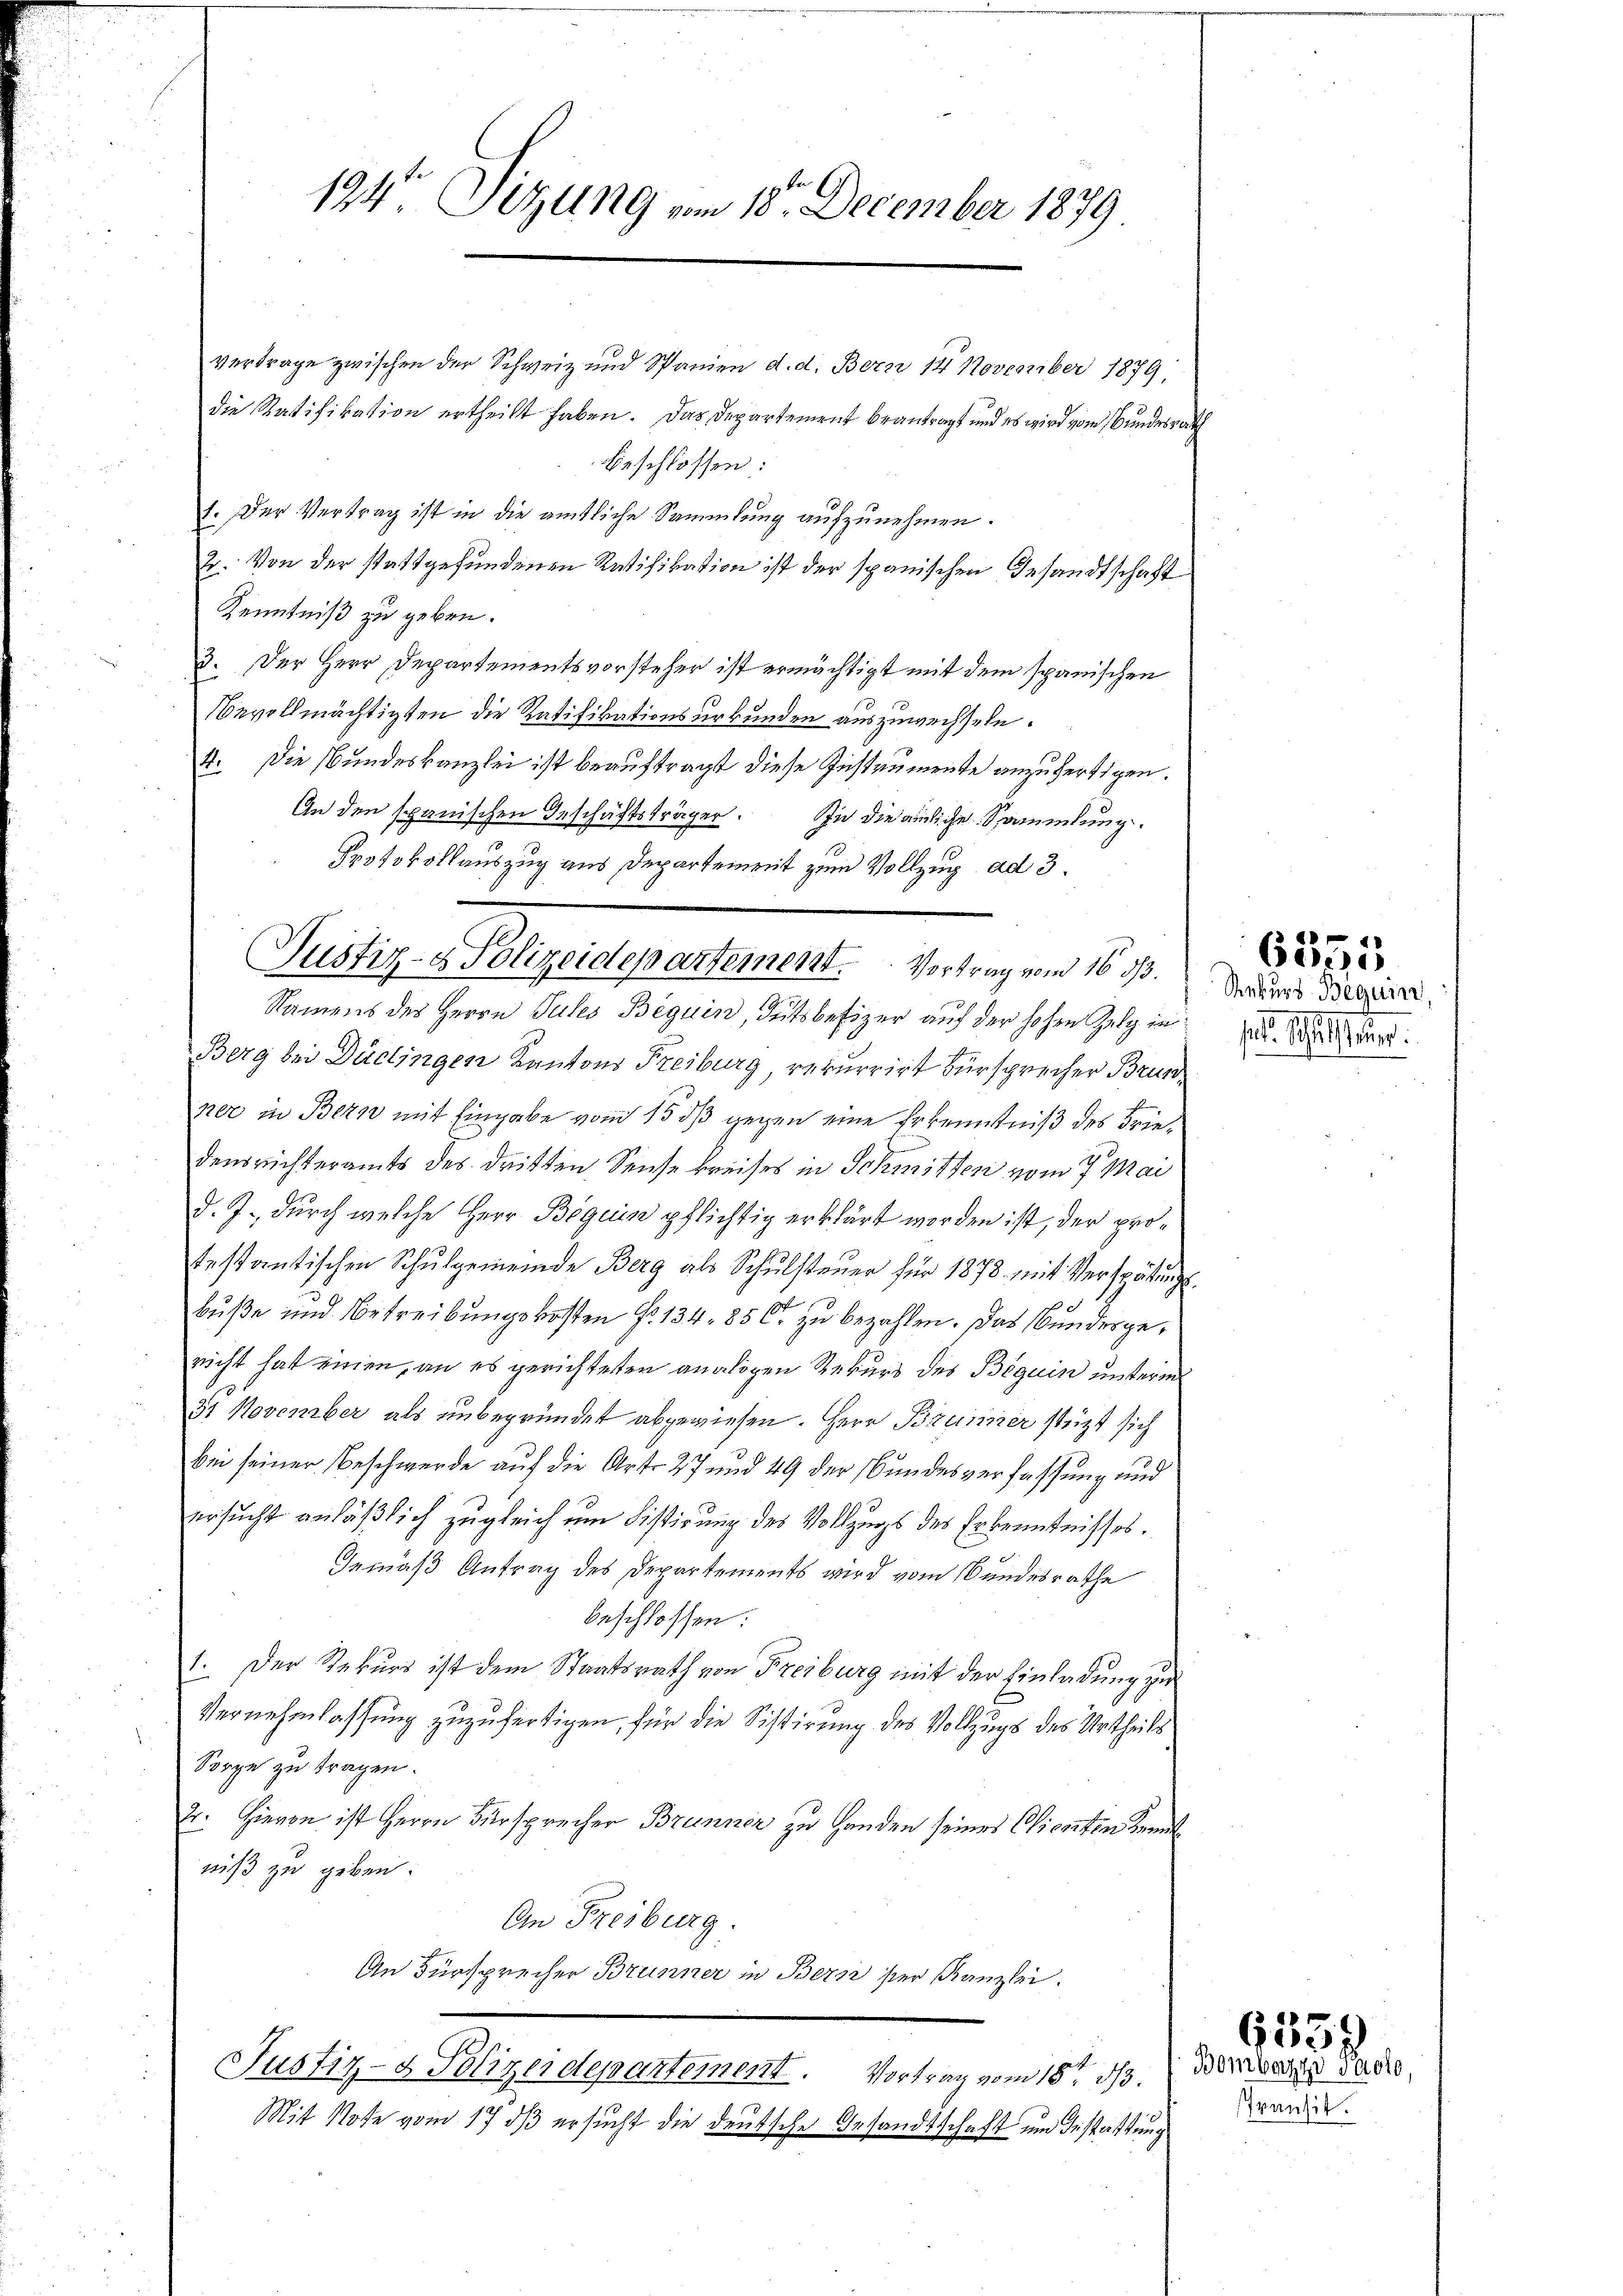
vertrage zwischen der Schweiz und Spanien d. d. Bern 14 November 1879,
die Ratifikation ertheilt haben. Das Departement beantragt und es wird vom Bundesrath
beschlossen:
1. Der Vertrag ist in die amtliche Sammlung aufzunehmen.
2. Von der stattgefundenen Ratifikation ist der spanischen Gesandtschaft
Kenntniß zu geben.
3. Der Herr Departementsvorsteher ist ermächtigt mit dem spanischen
Bevollmächtigten die Ratifikationsurkunden auszuwechseln.
4. Die Bundeskanzlei ist beauftragt diese Instrumente anzufertigen.
An den spanischen Geschäftsträger. In die auchliche Sammlung.
Protokollauszug aus Departement zum Vollzug ad 3.
Namens des Herrn Jules Beguin, Gutsbesizer auf der hohen Zelg in
Berg bei Dudlingen Kantons Freiburg, rekurrirt Fürsprecher Brunper in Bern mit Eingabe vom 15. dß gegen eine Erkenntniß des Friedensrichteramts des dritten Seise kreises in Schmitten vom 7. Mai
d. J., durch welche Herr Beguin pflichtig erklärt worden ist, der protestantischen Schulgemeinde Berg als Schulsteuer für 1878 mit Verspätungsbuße und Betreibungskosten Fr. 134. 85 C. zu bezahlen. Das Bundesgenicht hat einen, an es gerichteten analogen Rekurs des Beguin unterm
31 November als unbegründet abgewiesen. Herr Brunner stützt sich
bei seiner Beschwerde auf die Art. 27 und 49 der Bundesverfassung und
ersucht anläßlich zugleich um Distigung des Vollzugs des Erkenntnisses.
Gemäß Antrag des Departements wird vom Bundesrathe
beschlossen:
1. Der Rekurs ist dem Staatsrath von Freiburg mit der Einladung zur
Vernehmlassung zuzufertigen, für die Sistirung des Vollzugs des Urtheils
Sorge zu tragen.
2. Hievon ist Herrn Fürsprecher Brunner zu Handen seines Clienten Kennt
niß zu geben.
An Freiburg.
An Fürsprecher Brunner in Bern ser Kanzlei.
Justiz- & Polizeidepartement. Vortrag vom 15ten d. Demar Jaco
Mit Note vom 17 dß ersucht die deutsche Gesandtschaft und Bestattung

Putz, Alpenpartement. Gelegen 1890.

194 Sitzung vom 18. December 1879

Rekurs Beguin
sel. Schlu

6335

ransit.

6558